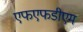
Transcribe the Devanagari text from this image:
एफएफडीएम